Statistics compiled by the Government of India from the reports of provincial Civil Veterinary Departments
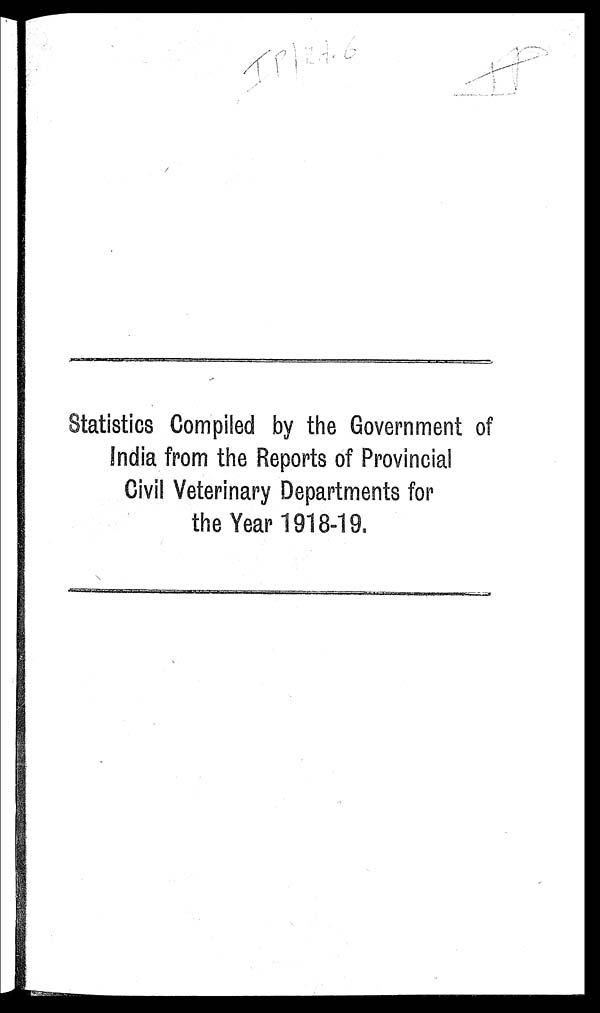
Statistics Compiled by the Government of
India from the Reports of Provincial
Civil Veterinary Departments for
the Year 1918-19.